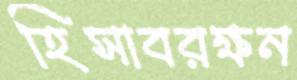
হিসাবরক্ষন